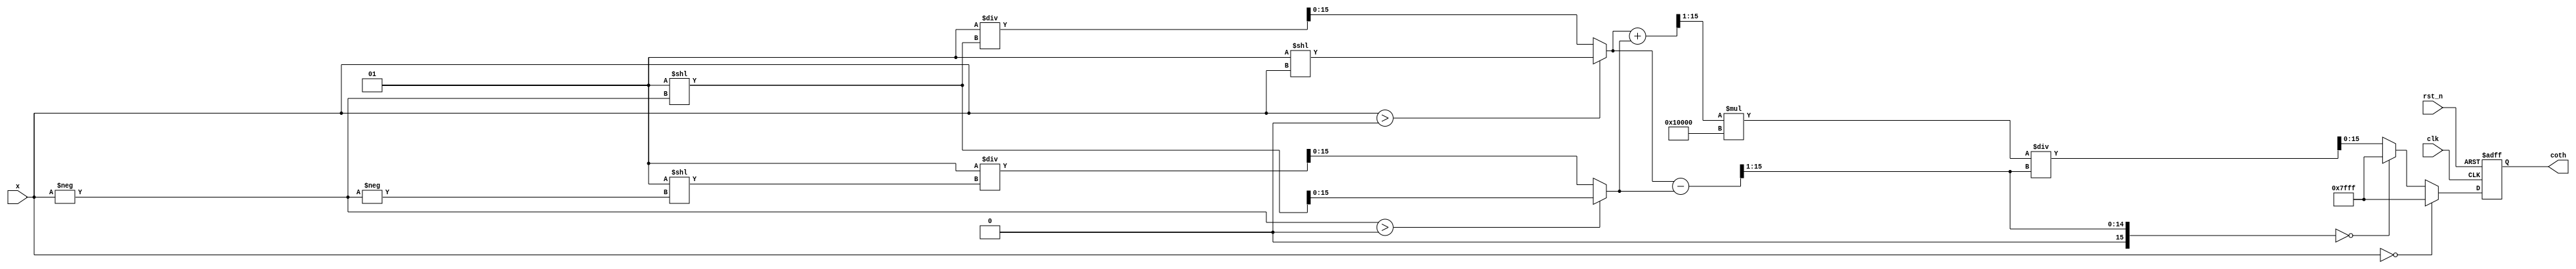
module hyperbolic_cotangent (
    input wire clk,
    input wire rst_n,
    input wire [N-1:0] x, // Input (Fixed-point representation)
    output reg [M-1:0] coth // Output (Fixed-point representation)
);

// Parameter Definitions
parameter N = 16; // Input width
parameter M = 16; // Output width
parameter MAX_VAL = 16'h7FFF; // Max value for saturation

// Registers for intermediate results
reg [N-1:0] exp_x, exp_neg_x, cosh_x, sinh_x;
reg [N-1:0] temp_cosh, temp_sinh;

// Exponential calculation block (simple approximation)
function [N-1:0] exp_function;
    input [N-1:0] x;
    begin
        // Placeholder for exponential approximation
        // Use a Taylor series, LUT, or other method in a real implementation
        exp_function = (x > 0) ? (1 << x) : (1 / (1 << -x)); // Simplified
    end
endfunction

// Calculate coth
always @(posedge clk or negedge rst_n) begin
    if (!rst_n) begin
        coth <= 0; // Reset output
    end else begin
        // Handle special case: coth(0) is undefined
        if (x == 0) begin
            coth <= MAX_VAL; // or implement NaN handling
        end else begin
            // Compute e^x and e^(-x)
            exp_x = exp_function(x);
            exp_neg_x = exp_function(-x);

            // Compute hyperbolic functions
            temp_cosh = (exp_x + exp_neg_x) >> 1; // cosh(x)
            temp_sinh = (exp_x - exp_neg_x) >> 1; // sinh(x)

            // Handle division by zero for sinh(x)
            if (temp_sinh == 0) begin
                coth <= MAX_VAL; // or implement NaN handling
            end else begin
                // Compute coth(x) = cosh(x) / sinh(x)
                coth <= (temp_cosh * (1 << M)) / temp_sinh; // Scale for output
                // Saturation logic can be added here if needed
            end
        end
    end
end

endmodule